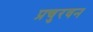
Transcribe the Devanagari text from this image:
प्रचुरवन